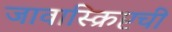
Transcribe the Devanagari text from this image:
जावास्क्रिप्टची